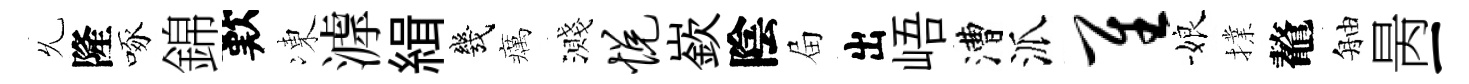
𠃔隆啄錦歎凍滹緝幾癘濺悦嶔陰屇出峿漕派隹娘擈鼇舳昺一